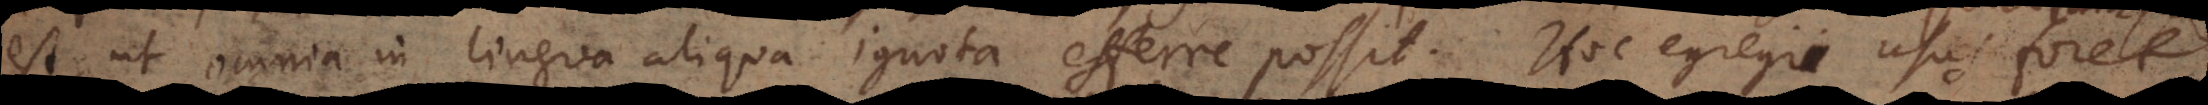
est, ut omnia in lingua aliqua ignota efferre possit. Hoc egregii usus foret